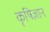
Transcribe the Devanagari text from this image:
कृषिज्ञान